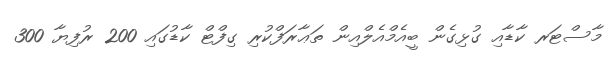
މާސްޓަރ ކާޑާއި ގުޅިގެން ބީއެމްއެލްއިން ތަޢާރަފްކުރި ގިފްޓް ކާޑުގައި 200 ރުފިޔާ 300